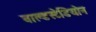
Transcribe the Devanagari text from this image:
वाल्डस्टेडियोन